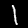
Digit: 1